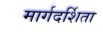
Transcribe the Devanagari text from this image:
मार्गदर्शिता